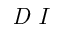
\textit { D I }